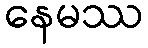
နေမဿ